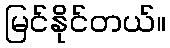
မြင်နိုင်တယ်။